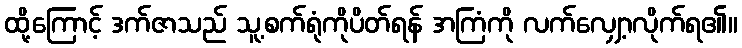
ထို့ကြောင့် ဒက်ဇာသည် သူ့စက်ရုံကိုပိတ်ရန် အကြံကို လက်လျှော့လိုက်ရ၏။